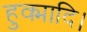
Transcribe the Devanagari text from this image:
हुक्मादि।